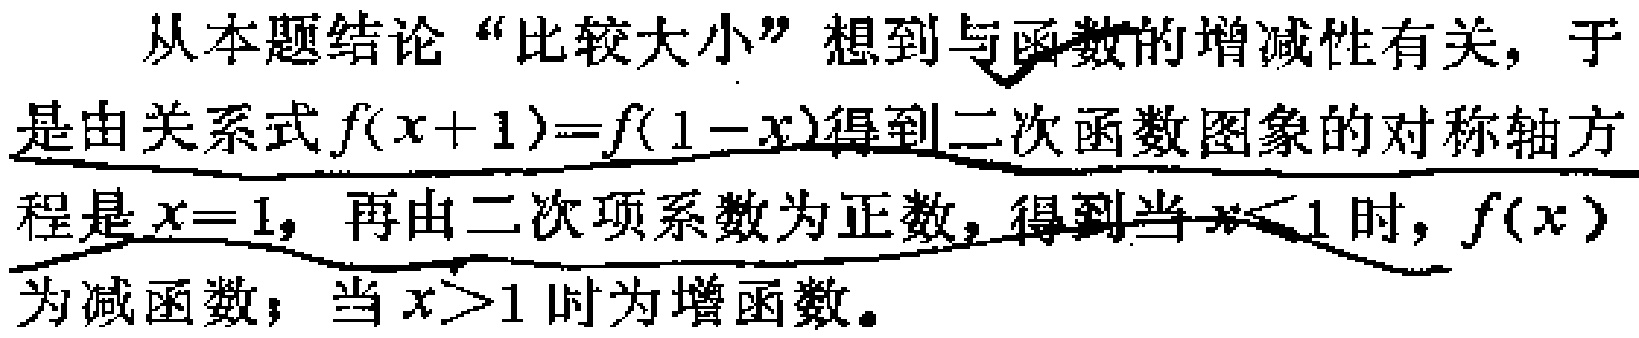
从本题结论“比较大小”想到与函数的增减性有关，于是由关系式\(f(x + 1)=f(1 - x)\)得到二次函数图象的对称轴方程是\(x = 1\)，再由二次项系数为正数，得到当\(x<1\)时，\(f(x)\)为减函数；当\(x>1\)时为增函数。